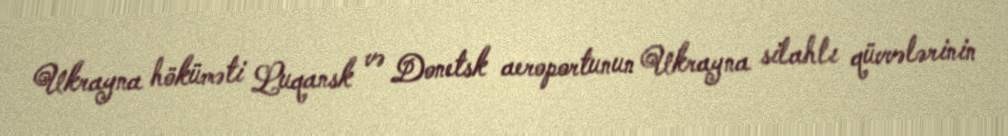
Ukrayna höküməti Luqansk və Donetsk aeroportunun Ukrayna silahlı qüvvələrinin